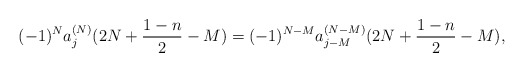
\begin{align*} (-1)^Na_j^{(N)}(2N+\frac{1-n}{2}-M)=(-1)^{N-M}a^{(N-M)}_{j-M}(2N+\frac{1-n}{2}-M), \end{align*}